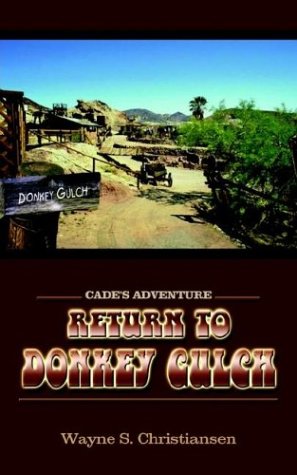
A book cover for Return to Donkey Gulch: Cade's Adventure; Wayne Christiansen; Parenting & Relationships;